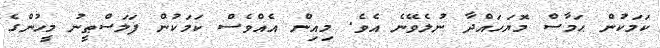
ކަމަކުން ޙަމާސް މޮޔަހައްދާ ނުލެވޭނެ އެވެ. މިއިން އެއްވެސް ކަމަކުން ފަލަސްޠީނު މީހުންގެ